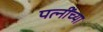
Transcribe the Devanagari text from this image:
पत्नींच्या